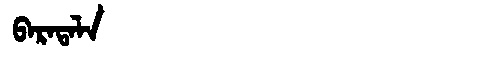
Manchu: ᠪᠠᡵᠠᡨᠠᠯᠠ
Romanization: BARATALA